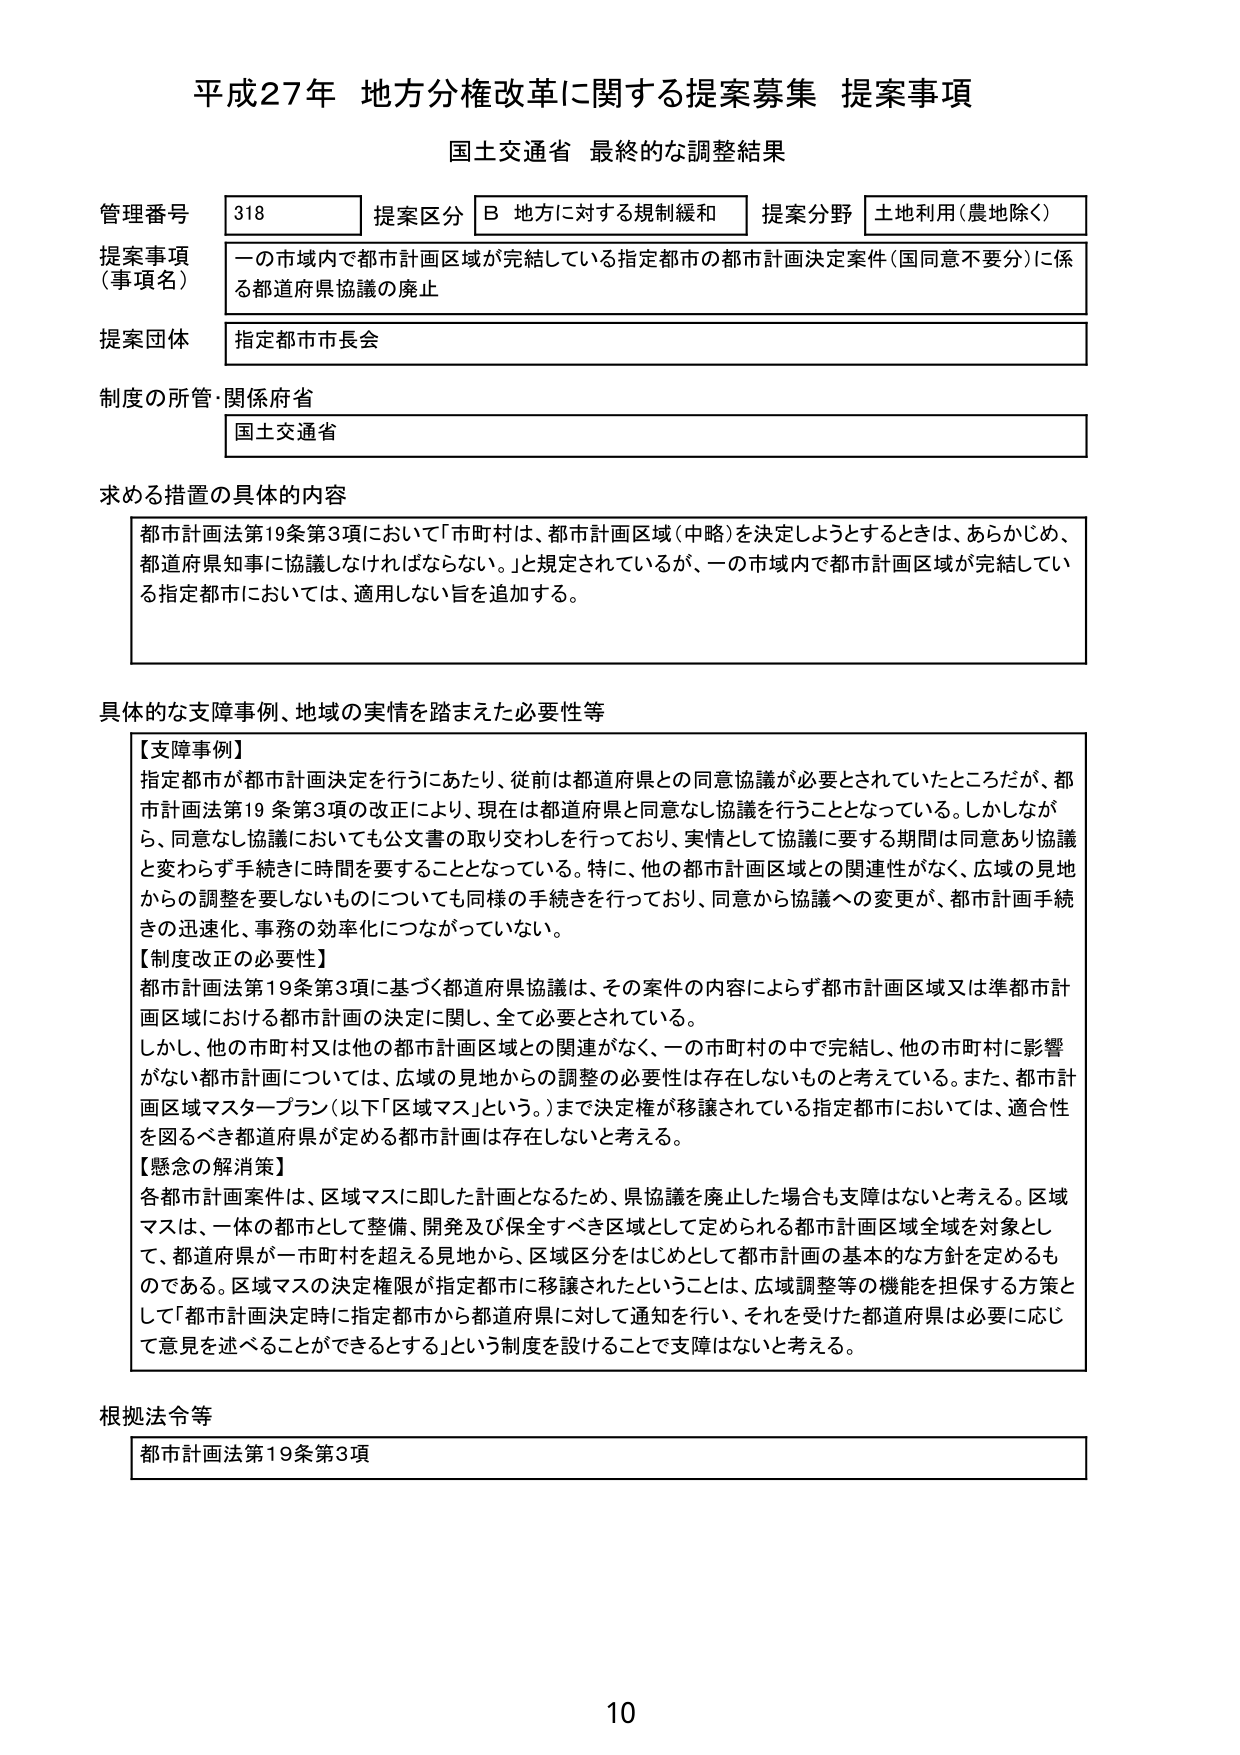
平成27年 地方分権改革に関する提案募集 提案事項
国土交通省 最終的な調整結果

管理番号 318
提案区分 B 地方に対する規制緩和
提案分野 土地利用（農地除く）

提案事項（事項名）
一の市域内で都市計画区域が完結している指定都市の都市計画決定案件（国同意不要分）に係る都道府県協議の廃止

提案団体
指定都市市長会

制度の所管・関係府省
国土交通省

求める措置の具体的内容
都市計画法第19条第3項において「市町村は、都市計画区域（中略）を決定しようとするときは、あらかじめ、都道府県知事に協議しなければならない。」と規定されているが、一の市域内で都市計画区域が完結している指定都市においては、適用しない旨を追加する。

具体的な支障事例、地域の実情を踏まえた必要性等
【支障事例】
指定都市が都市計画決定を行うにあたり、従前は都道府県との同意協議が必要とされていたところだが、都市計画法第19条第3項の改正により、現在は都道府県と同意なし協議を行うこととなっている。しかしながら、同意なし協議においても公文書の取り交わしを行っており、実情として協議に要する期間は同意あり協議と変わらず手続きに時間を要することとなっている。特に、他の都市計画区域との関連性がなく、広域の見地からの調整を要しないものについても同様の手続きを行っており、同意から協議への変更が、都市計画手続きの迅速化、事務の効率化につながっていない。

【制度改正の必要性】
都市計画法第19条第3項に基づく都道府県協議は、その案件の内容によらず都市計画区域又は準都市計画区域における都市計画の決定に関し、全て必要とされている。
しかし、他の市町村又は他の都市計画区域との関連がなく、一の市町村の中で完結し、他の市町村に影響がない都市計画については、広域の見地からの調整の必要性は存在しないものと考えている。また、都市計画区域マスタープラン（以下「区域マス」という。）まで決定権が移譲されている指定都市においては、適合性を図るべき都道府県が定める都市計画は存在しないと考える。

【懸念の解消策】
各都市計画案件は、区域マスに即した計画となるため、県協議を廃止した場合も支障はないと考える。区域マスは、一体の都市として整備、開発及び保全すべき区域として定められる都市計画区域全域を対象として、都道府県が一市町村を超える見地から、区域区分をはじめとして都市計画の基本的な方針を定めるものである。区域マスの決定権限が指定都市に移譲されたということは、広域調整等の機能を担保する方策として「都市計画決定時に指定都市から都道府県に対して通知を行い、それを受けた都道府県は必要に応じて意見を述べることができる」という制度を設けることで支障はないと考える。

根拠法令等
都市計画法第19条第3項

10